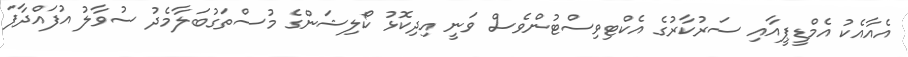
އެއާއެކު އެމްޑީޕީއާއި ސަރުކާރުގެ އެކްޓިިވިސްޓުންވެސް ވަނީ އިދިކޮޅު ކޯލިޝަންގެ މުސްތަގުބަލާމެދު ސުވާލު އުފައްދާފަ